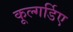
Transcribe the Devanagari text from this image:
कूल्गर्डिए